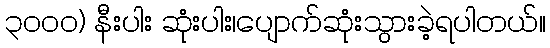
၃၀၀၀) နီးပါး ဆုံးပါး၊ပျောက်ဆုံးသွားခဲ့ရပါတယ်။